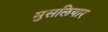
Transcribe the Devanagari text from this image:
मुसलियार